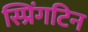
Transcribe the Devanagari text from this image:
स्प्रिंगटिन